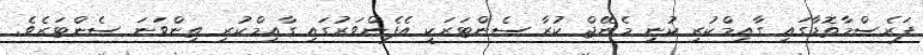
ފަރެސްމާތޮޑާގައި ގާއިމްކުރި ކުނި މެނޭޖް ކުރާ ސެންޓަރަކީ އެފެންވަރުގައި ގާއިމްކުރި ތިންވަނަ ސެންޓަރެވެ.